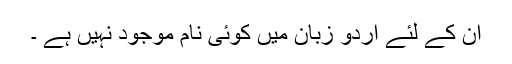
ان کے لئے اردو زبان میں کوئی نام موجود نہیں ہے ۔